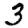
Digit: 3